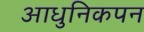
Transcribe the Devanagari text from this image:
आधुनिकपन